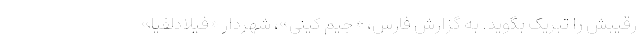
رقیبش را تبریک بگوید. به گزارش فارس، «جیم کینی»، شهردار «فیلادلفیا»